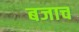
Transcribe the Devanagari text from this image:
बजाच